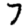
Digit: 7